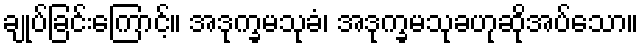
ချုပ်ခြင်းကြောင့်။ အဒုက္ခမသုခံ၊ အဒုက္ခမသုခဟုဆိုအပ်သော။